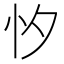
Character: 𢗇